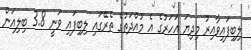
ލިބިފައިވާއިރު މިދިޔަ އަހަރުގެ އެ މުއްދަތުގެ ތެރޭގައި ލިބިފައި ވަނީ 3.8 ބިލިއަން